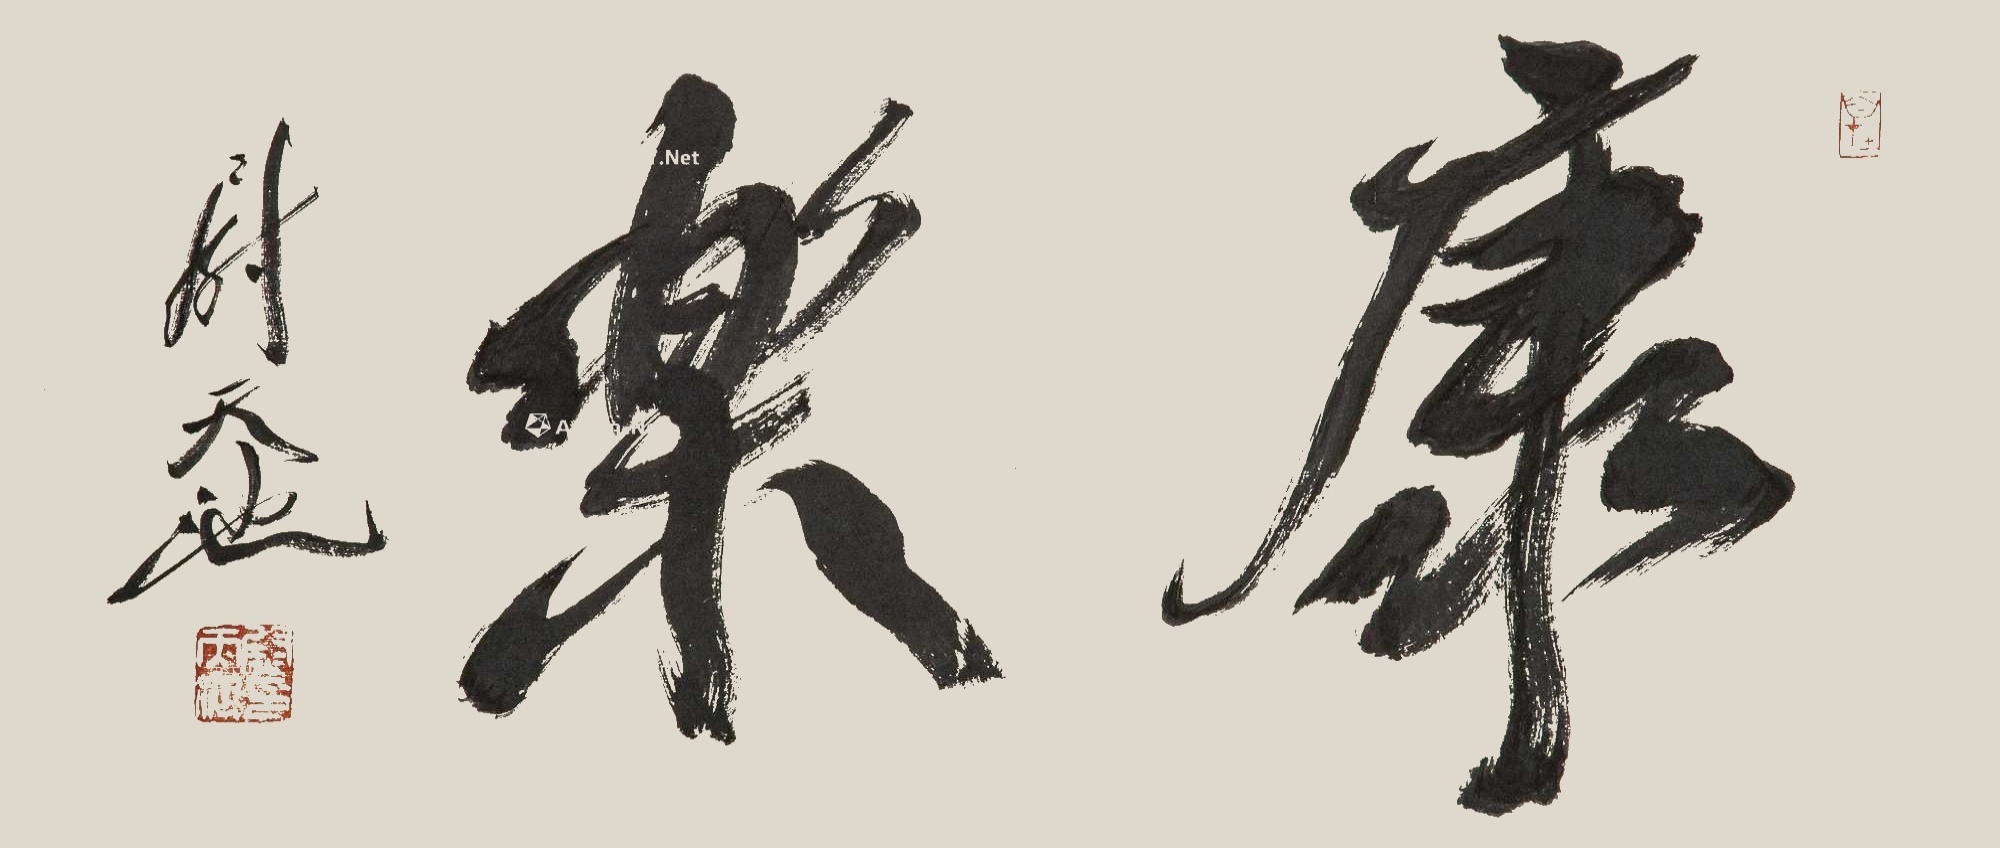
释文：康乐。尉天池。